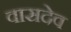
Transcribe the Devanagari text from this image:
वासदेव